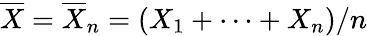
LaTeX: {\overline{{X}}}={\overline{{X}}}_{n}=(X_{1}+\cdots+X_{n})/n